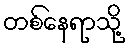
တစ်နေရာသို့